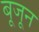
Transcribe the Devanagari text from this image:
बूजून